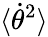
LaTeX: \langle\dot{\theta}^{2}\rangle